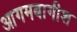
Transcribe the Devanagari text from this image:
आगमबागीश